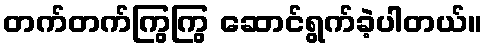
တက်တက်ကြွကြွ ဆောင်ရွက်ခဲ့ပါတယ်။